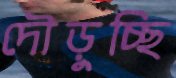
দৌড়ুচ্ছি